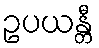
ဥပယန္တီ